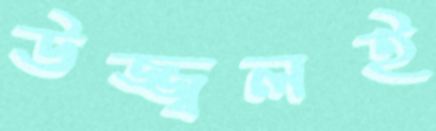
উজ্জ্বলই